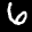
Label: 6